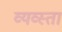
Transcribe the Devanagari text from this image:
व्यव्स्ता